Annual statistical returns and brief notes on vaccination in Bengal - 1887-1898
Year: 1887
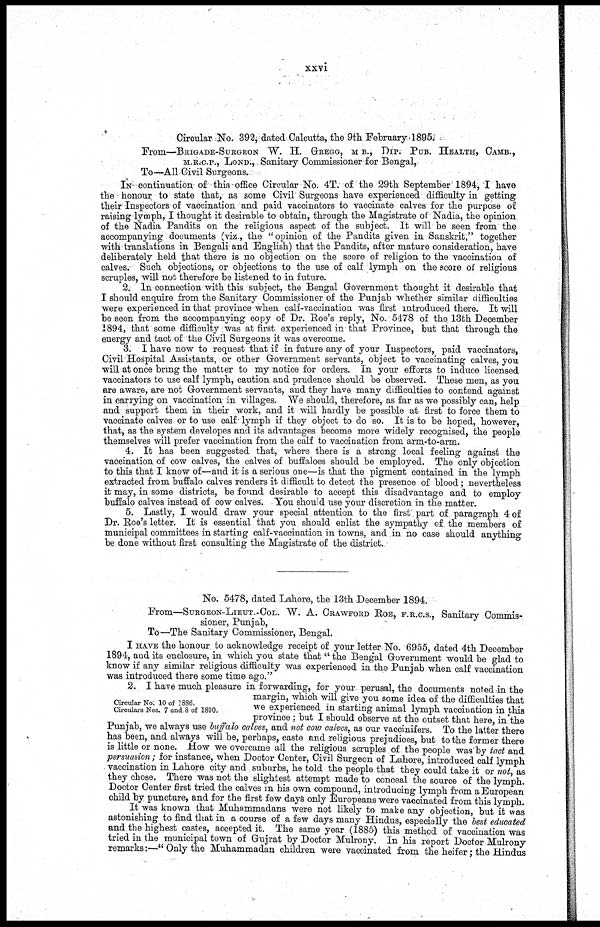
xxvi
Circular No. 392, dated Calcutta, the 9th February. 1895.
From—BRIGADE-SURGEON W. H. GREGG, M B., DIP. PUB. HEALTH, CAMB.,
M.R.C.P., LOND., - Sanitary Commissioner for Bengal,
To—All Civil Surgeons.
IN continuation of this office Circular No. 4T. of the 29th September 1894, I have
the honour to state that, as some Civil Surgeons have experienced difficulty in getting
their Inspectors of vaccination and paid vaccinators to vaccinate calves for the purpose of
raising lymph, I thought it desirable to obtain, through the Magistrate of Nadia, the opinion
of the Nadia Pandits on the religious aspect of the subject. It will be seen from the
accompanying documents (viz., the"opinion of the Pandits given in Sanskrit," together
.with translations in Bengali and English) that the Pandits, after mature consideration, have
deliberately held that there is no objection on the score of religion to the vaccination of
calves. Such objections, or objections to the use of calf lymph on the score of religious
scruples, will not therefore be listened to in future.
2. In connection with this subject, the Bengal Government thought it desirable that
I should enquire from the Sanitary Commissioner of the Punjab whether similar difficulties
were experienced in that province when calf-vaccination was first introduced there. It will
be seen from the accompanying copy of Dr. Roe's reply, No. 5478 of the 13th December
1894, that some difficulty was at first experienced in that Province, but that through the
energy and tact of the Civil Surgeons it was overcome.
3. I have now to request that if in future any of your Inspectors, paid vaccinators,
Civil Hospital Assistants, or other Government servants, object to vaccinating calves, you
will at once bring the matter to my notice for orders. In your efforts to induce licensed
vaccinators to use calf lymph, caution and prudence should be observed. These men, as you
are aware, are not Government servants, and they have many difficulties to contend against
in carrying on vaccination in villages. We should, therefore, as far as we possibly can, help
and support them in their work, and it will hardly be possible at first to force them to
vaccinate calves or to use calf' lymph if they object to do so. It is to be hoped, however,
that, as the system developes and its advantages become more widely recognised, the people
themselves will prefer vaccination from the calf to vaccination from arm-to-arm.
4. It has been suggested that, where there is a strong local feeling against the
vaccination of cow calves, the calves of buffaloes should be employed. The only objection
to this that I know of—and it is a serious one—is that the pigment contained in the lymph
extracted from buffalo calves renders it difficult to detect the presence of blood; nevertheless
it may, in some districts, be found desirable to accept this disadvantage and to employ
buffalo calves instead of cow calves. You should use your discretion in the matter.
5. Lastly, I would draw your special attention to the first part of paragraph 4 of
Dr. Roe's letter. It is essential that you should enlist the sympathy of the members of
municipal committees in starting calf-vaccination in towns, and in no case should anything
be done without first consulting the Magistrate of the district.
No. 5478, dated Lahore, the 13th December 1894.
From—SURGEON-LIEUT.-COL. W. A. CRAWFORD ROE, F.R.C.S., Sanitary Commis-
sioner, Punjab,
To—The Sanitary Commissioner, Bengal.
I HAVE the honour to acknowledge receipt of your letter No. 6955, dated 4th December
1894, and its enclosure, in which you state that " the Bengal Government would be glad to
know if any similar religious difficulty was experienced in the Punjab when calf vaccination
was introduced there some time ago."
Circular No: 10 of 1886.
Circulars Nos. 7 and 8 of 1890.
2. I have much pleasure in forwarding, for your perusal, the documents noted in the
margin, which will give you some idea of the difficulties that
we experienced in starting animal lymph vaccination in this
province ; but I should observe at the outset that here, in the
Punjab, we always use buffalo calves, and not cow calves, as our vaccinifers. To the latter there
has been, and always will be, perhaps, caste and religious prejudices, but to the former there
is little or none. How we overcame all the religious scruples of the people was by tact and
persuasion; for instance, when Doctor Center, Civil Surgeon of Lahore, introduced calf lymph
vaccination in Lahore city and suburbs, he told the people that they could take it or not, as
they chose. There was not the slightest attempt made to conceal the source of the lymph.
Doctor Center first tried the calves m his own compound, introducing lymph from a European
child by puncture, and for the first few days only Europeans were vaccinated from this lymph.
It was known that Muhammadans were not likely to make any objection, but it was
astonishing to find that in a course of a few days many Hindus, especially the best educated
and the highest castes, accepted it. The same year (1885) this method of vaccination was
tried in the municipal town of Gujrat by Doctor Mulrony. In his report Doctor Mulrony
remarks:—" Only the Muhammadan children were vaccinated from the heifer; the Hindus